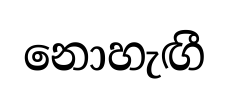
නොහැඟී